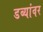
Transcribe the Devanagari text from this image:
डब्यांवर